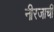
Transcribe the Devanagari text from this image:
नीरजाची